Vaccination North-Western Provinces and Oudh 1878-1895 - 1878-1895
Year: 1878
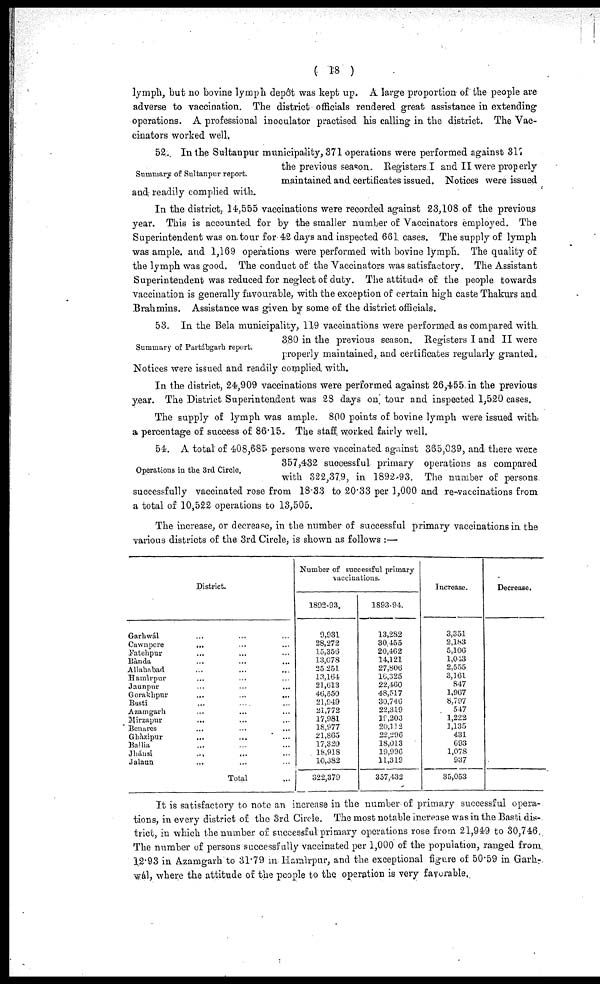
( 18 )
lymph, but no bovine lymph depôt was kept up. A large proportion of the people are
adverse to vaccination. The district officials rendered great assistance in extending
operations. A professional inoculator practised his calling in the district. The Vac-
cinators worked well.
Summary of Sultanpur report.
52. In the Sultanpur municipality, 371 operations were performed against 317
the previous season. Registers.I and II were properly
maintained and certificates issued. Notices were issued
and readily complied with.
In the district, 14,555 vaccinations were recorded against 23,108 of the previous
year. This is accounted for by the smaller number of Vaccinators employed. The
Superintendent was on tour for 42 days and inspected 661 cases. The supply of lymph
was ample. and 1,169 operations were performed with bovine lymph. The quality of
the lymph was good. The conduct of the Vaccinators was satisfactory. The Assistant
Superintendent was reduced for neglect of duty. The attitude of the people towards
vaccination is generally favourable, with the exception of certain high caste Thakurs and
Brahmins. Assistance was given by some of the district officials.
Summary of Partábgarh report.
53. In the Bela municipality, 119 vaccinations were performed as compared with
380 in the previous season. Registers I and II were
properly maintained, and certificates regularly granted.
Notices were issued and readily complied with.
In the district, 24,909 vaccinations were performed against 26,455 in the previous
year. The District Superintendent was 28 days on tour and inspected 1,520 cases.
The supply of lymph was ample. 800 points of bovine tymph were issued with
a percentage of success of 86.15. The staff worked fairly well.
Operations in the 3rd Circle.
54. A total of 408,685 persons were vaccinated against 365,039, and there were
357,432 successful primary operations as compared
with 322,379, in 1892-93. The number of persons
successfully vaccinated rose from 18.33 to 20.33 per 1,000 and re-vaccinations from
a total of 10,522 operations to 13,505.
The increase, or decrease, in the number of successful primary vaccinations in the
various districts of the 3rd Circle, is shown as follows :—
District.
Garhwál ... ... ...
Cawnpore ... ... ...
Fatehpur ... ... ...
Bànda ... ... ...
Allahabad ... ... ...
Hamìrpur ... ... ...
Jaunpur ... ... ...
Gorakhpur
...
...
...
Basti ... ... ...
Azamgarh ... ... ...
Mirzapur ... ... ...
Benares ... ... ...
Ghàzipur ... ... ...
Ballia ... ... ...
Jhansi ... ... ...
Jalaun ... ... ...
Total ...
Number of successful primary
vaccinations.
1892-93.
9,931
28,272
15,356
13,078
25251
13,164
21,613
46,550
21,949
21,772
17,981
18,977
21,865
17,320
18,918
10,382
322,379
1893-94.
13,282
30 455
20,462
14,121
27,806
16,325
22,460
48,517
30,746
22,319
19,203
20,112
22,296
18,013
19,996
11,319
357,432
Increase.
3,351
2,183
5,106
1,043
2,555
3,161
847
1,967
8,797
547
1,222
1,135
431
693
1,078
937
35,053
Decrease.
It is satisfactory to note an increase in the number of primary successful opera-
tions, in every district of the 3rd Circle. The most notable increase was in the Basti dis-
trict, in which the number of successful primary operations rose from 21,949 to 30,746.
The number of persons successfully vaccinated per 1,000 of the population, ranged from
12.93 in Azamgarh to 31.79 in Hamìrpur, and the exceptional figure of 50.59 in Garh-
wál, where the attitude of the people to the operation is very favorable.